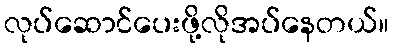
လုပ်ဆောင်ပေးဖို့လိုအပ်နေတယ်။